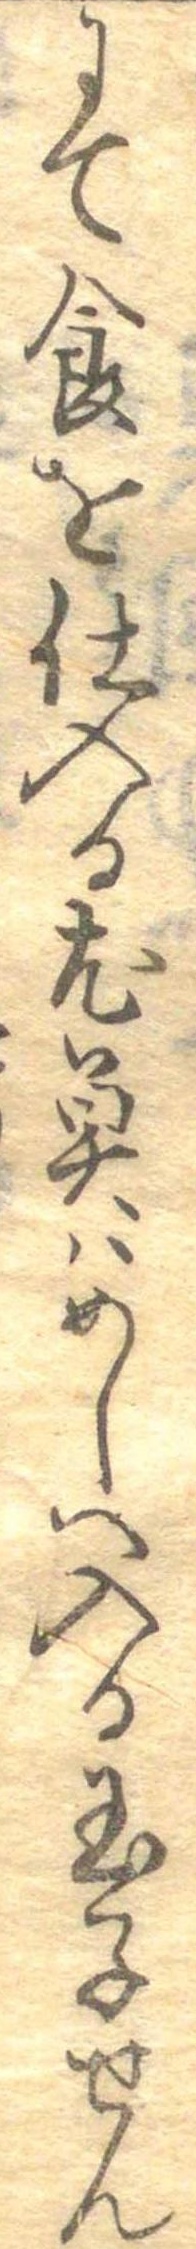
にて食を仕入る尤魚はめしへ入る玉子せん